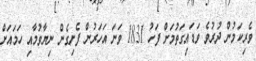
ވެރިކަމުން ދުރުވެ ވަޑައިގަތުމަށް ފަހު 1831 ވަނަ އަހަރުން ފެށިގެން ނިޔާވުމާއި ހަމައަށް